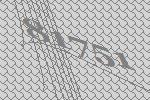
81751